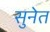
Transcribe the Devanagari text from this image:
सुनेत